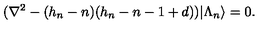
( \nabla ^ { 2 } - ( h _ { n } - n ) ( h _ { n } - n - 1 + d ) ) | \Lambda _ { n } \rangle = 0 .